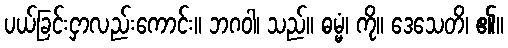
ပယ်ခြင်းငှာလည်းကောင်း။ ဘဂဝါ၊ သည်။ ဓမ္မံ၊ ကို။ ဒေသေတိ၊ ၏။